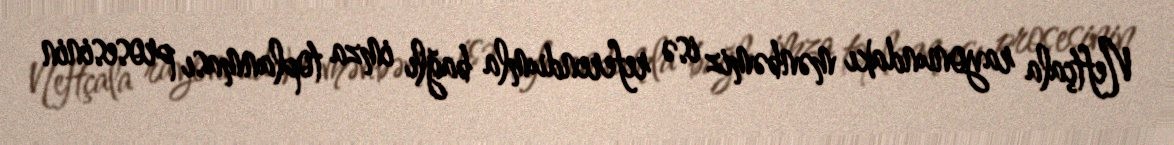
Neftçala rayonundakı mənbəmiz isə referendumla bağlı imza toplanması prosesinin